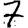
Digit: 7